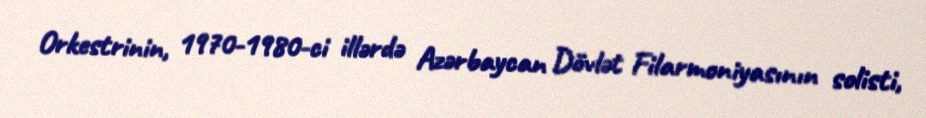
Orkestrinin, 1970-1980-ci illərdə Azərbaycan Dövlət Filarmoniyasının solisti,